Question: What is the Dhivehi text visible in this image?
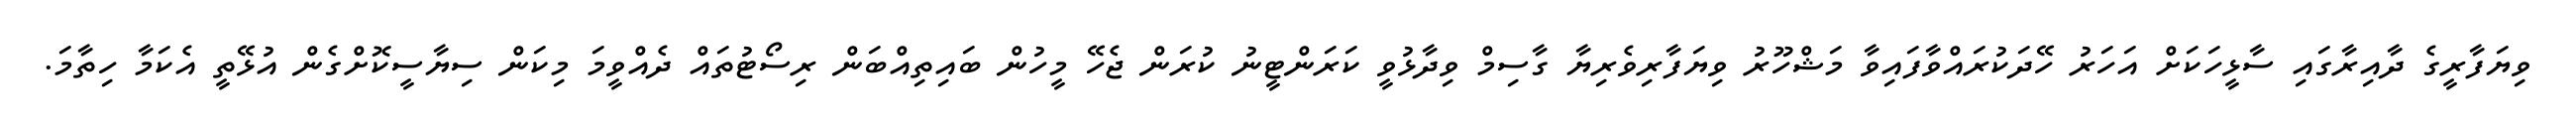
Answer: ވިޔަފާރީގެ ދާއިރާގައި ސާޅީހަކަށް އަހަރު ހޭދަކުރައްވާފައިވާ މަޝްހޫރު ވިޔަފާރިވެރިޔާ ގާސިމް ވިދާޅުވީ ކަރަންޓީނު ކުރަން ޖެހޭ މީހުން ބައިތިއްބަން ރިސޯޓުތައް ދެއްވީމަ މިކަން ސިޔާސީކޮށްގެން އުޅޭތީ އެކަމާ ހިތާމަ.